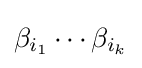
\beta _{i_{1}}\cdots \beta _{i_{k}}